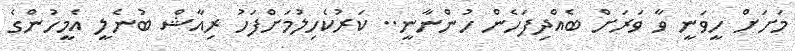
މަށަށް ހީވަނީ ވާ ވަރަށް ބެއްދިފަހެން ހުންނާނީ.. ކަރުކެހިލުމަށްފަހު ރިއާޝް ބުނެލީ އެމީހުންގެ